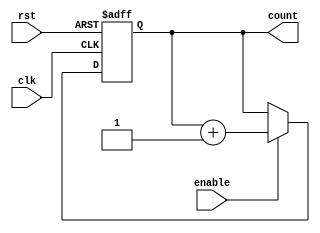
module cascaded_counter #(
    parameter WIDTH = 4 // Bit width of the counter (4-bit counter by default)
)(
    input wire clk,          // Clock signal
    input wire rst,          // Asynchronous reset signal
    input wire enable,       // Enable signal for counting
    output reg [WIDTH-1:0] count // Current count value
);

    // Internal signal to hold the toggling logic
    reg [WIDTH-1:0] next_count;

    always @(posedge clk or posedge rst) begin
        if (rst) begin
            count <= 0; // Asynchronously reset the counter to zero
        end else if (enable) begin
            count <= next_count; // Update the count on the rising edge of the clock if enabled
        end
    end

    always @(*) begin
        // Calculate the next count value based on the current count
        next_count = count + 1; // Increment the count value
    end

endmodule